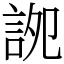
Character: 䛄